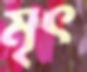
মৃৎ